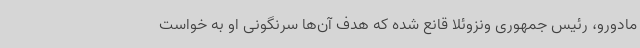
مادورو، رئیس جمهوری ونزوئلا قانع شده که هدف آن‌ها سرنگونی او به خواست